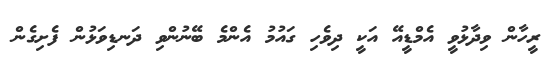
ރީހާން ވިދާޅުވީ އެމްޑީއޭ އަކީ ދިވެހި ގައުމު އެންމެ ބޭނުންވި ދަނޑިވަޅުން ފެށިގެން